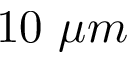
1 0 ~ \mu m